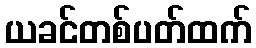
ယခင်တစ်ပတ်ထက်